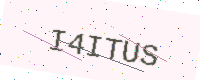
Text: I4ITUS